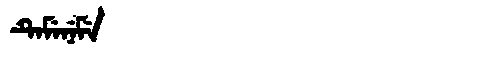
Manchu: ᡨᡝᠮᡝᠨᡝᠮᡝ
Romanization: TEMENEME